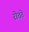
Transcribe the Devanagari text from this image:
रोचते